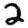
Digit: 2